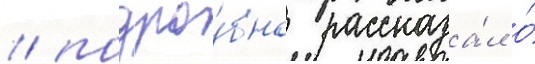
/ подро́бно рассказа́л о́